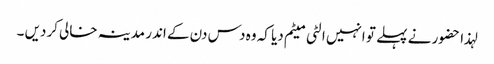
لہذا حضور نے پہلے تو انہیں الٹی میٹم دیا کہ وہ دس دن کے اندر مدینہ خالی کردیں ۔